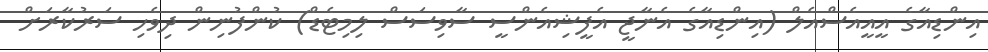
އިންޑިއާގެ އީއީއެސްއެލް (އިންޑިއާގެ އެނާޖީ އެފީޝިއެންސީ ސާވިސަސް ލިމިޓެޑް) ކުންފުނިން ދިވެހި ސަރުކާރަށް